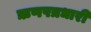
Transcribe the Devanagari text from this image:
ऋणपत्रधारी